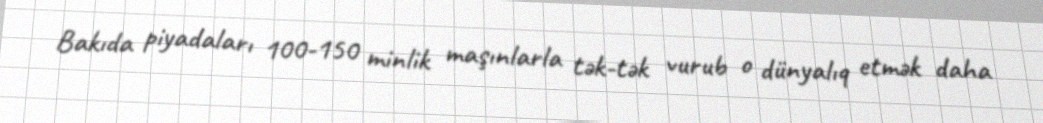
Bakıda piyadaları 100-150 minlik maşınlarla tək-tək vurub o dünyalıq etmək daha